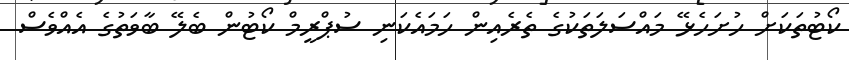
ކޯޓުތަކަށް ހުށަހެޅޭ މައްސަލަތަކުގެ ތެރެއިން ހަމައެކަނި ސުޕްރީމް ކޯޓުން ބެލޭ ބާވަތުގެ އެއްވެސް